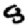
Digit: 8